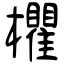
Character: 欋